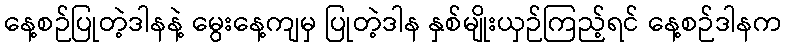
နေ့စဉ်ပြုတဲ့ဒါနနဲ့ မွေးနေ့ကျမှ ပြုတဲ့ဒါန နှစ်မျိုးယှဉ်ကြည့်ရင် နေ့စဉ်ဒါနက